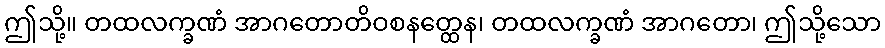
ဤသို့။ တထလက္ခဏံ အာဂတောတိဝစနတ္ထေန၊ တထလက္ခဏံ အာဂတော၊ ဤသို့သော